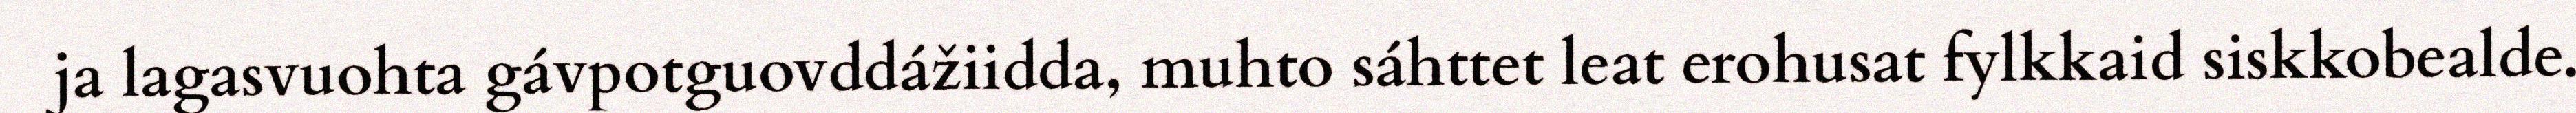
ja lagasvuohta gávpotguovddážiidda, muhto sáhttet leat erohusat fylkkaid siskkobealde.